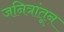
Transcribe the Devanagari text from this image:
जनित्रांतून